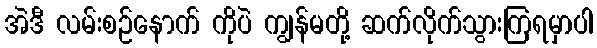
အဲဒီ လမ်းစဉ်နောက် ကိုပဲ ကျွန်မတို့ ဆက်လိုက်သွားကြရမှာပါ